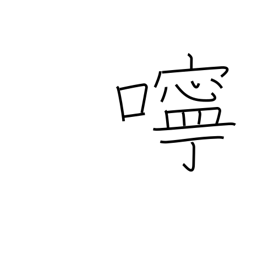
Meaning: kindness